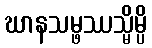
ဃာနသမ္ဖဿသ္မိမ္ပိ